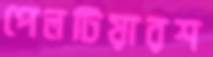
পেলটিয়ারশ